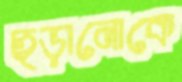
ছড়ানোকে